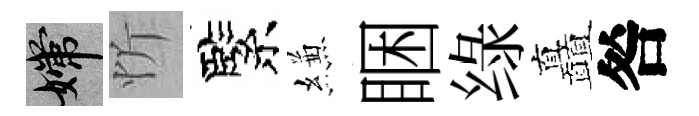
嫦忻緊縑睏绿矗咎